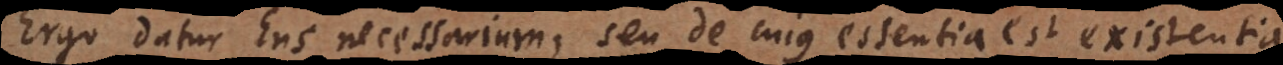
Ergo datur Ens necessarium, seu de cujus essentia est existentia.